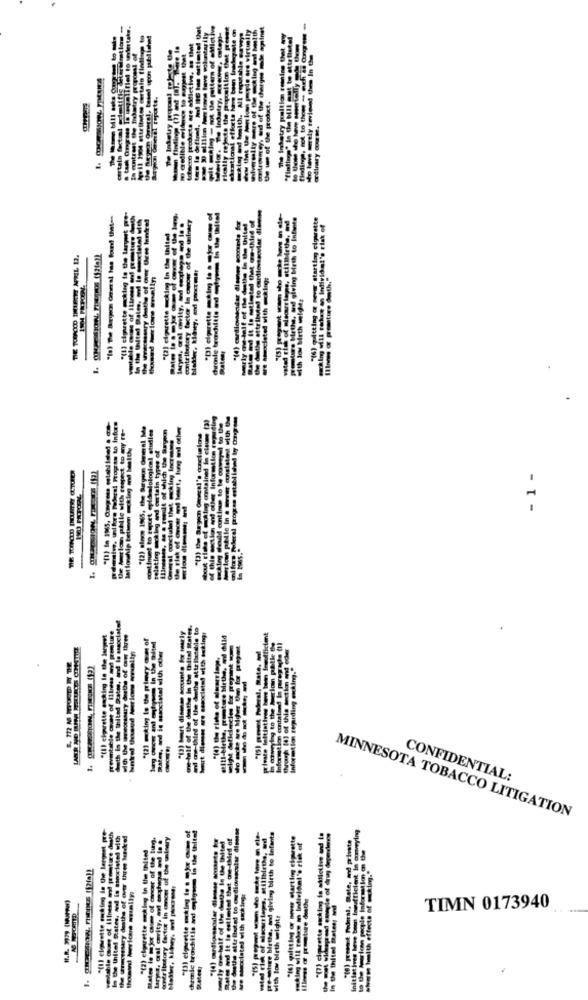
certain factal cimtifis hier@lostiom -
lyell 1900 attributes certain findinge to
Je Seygon Oneral, Based upon published
In antreat the thatry proposal of
meral reports.
Indot
inary comme
"(!) cigarette klag to the largest pie
In the (hitel Bates, ool lo couxciated with
contributory tacter In cancer of the winery
tinted that are-third of
prenotare Mirthe, and giving birth to Infante
"(6) mitting or never starting cigarette
"(2) cigarette king in the thited
"(4) cardiovascular distnes sooointe for
DIE TUPCIO DELREY APRIL 12.
Datenr
Etlag contained in clause (3)
this section ant other Information reprding
I progres establidel boy Como :==
# Atlan phile with respect to any re-
"(2) since 1965, the Baryson Ommeral Me
atInued to percet epidemiological studies
Ha, as a result of which the Sryen
flak of cocer and leert, bung al other
ating rileg and certain types of
- 1 -
dath is the Shited ates, and is mucclate!
owe-half of the deathe in the Ghitad Mates,
od ge-third of the dothe attributable to
Porent of Illress avt prenture
goatee Mrthe, ed dild
rivate faltiatives have tem Inefficient
Rates, and is associated with other
1 Cuprhy to the Muccion pelle ty
Information contained in paragraphs (1)
therh (4) of this section and eder
Informtion regarding enking."
------
in azspring to th
-
CONFIDENTIAL:
MINNESOTA TOBACCO LITIGATION
ring
settle com of Illness ond promotie death
In the thitof Rates, and is ssoccisted with
Masary deaths of over three lenke!
diathe attributed to onediovascular dinesse
. stillbirths, andf
"(6) preent Federal, State, and private
initiatives Move beont Ingufficient in comey
a( !! clavette puking In the largest
"(2) elgerette sicklog in the hitel
marly os half of the date is the Ihitel
States and it to estimated that owe-third a
to the American people information on de
Bates le mjor cme of concer of the
when health effects of making."
· mocciatel with making:
Illness o prestare dethe
in De thitel Bater wu
with low birth weight:
TIMN 0173940
demic troich